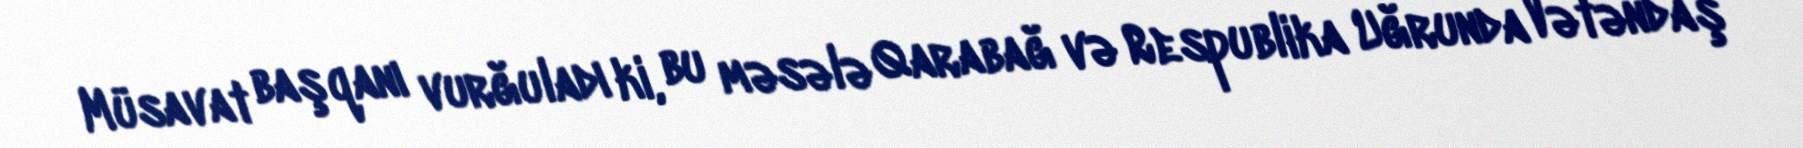
Müsavat başqanı vurğuladı ki, bu məsələ Qarabağ və Respublika Uğrunda Vətəndaş